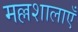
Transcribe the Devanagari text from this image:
मल्लशालाएँ